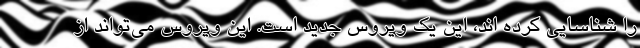
را شناسایی کرده اند، این یک ویروس جدید است. این ویروس می‌تواند از